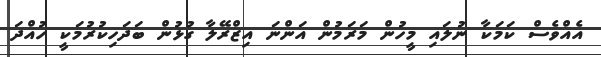
އެއްވެސް ކަމަކާ ނުލައި މީހުން މަރަމުން އަންނަ އިޒްރޭލާ ގުޅުން ބަދަހިކުރުމަކީ ހުއްދަ